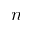
n